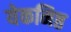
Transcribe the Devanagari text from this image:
येकनिष्ठ